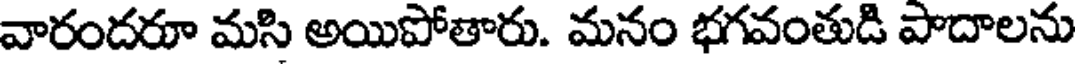
వారందరూ మసి అయిపోతారు. మనం భగవంతుడి పాదాలను